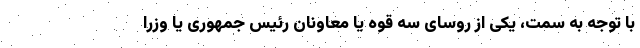
با توجه به سمت، یکی از روسای سه قوه یا معاونان رئیس جمهوری یا وزرا